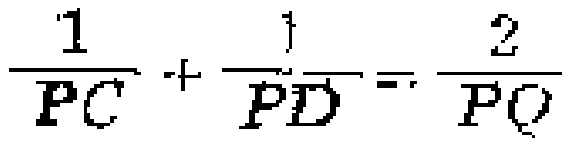
$\frac{1}{PC}+\frac{1}{PD}=\frac{2}{PQ}$